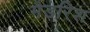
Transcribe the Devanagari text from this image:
मैडरिश